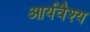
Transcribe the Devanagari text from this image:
आर्यवैश्‍य